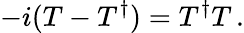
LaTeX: -i(T-T^{\dagger})=T^{\dagger}T\, .